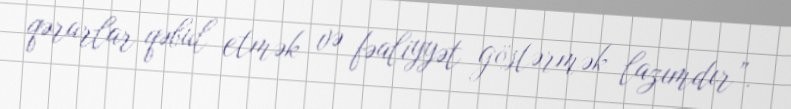
qərarlar qəbul etmək və fəaliyyət göstərmək lazımdır”.